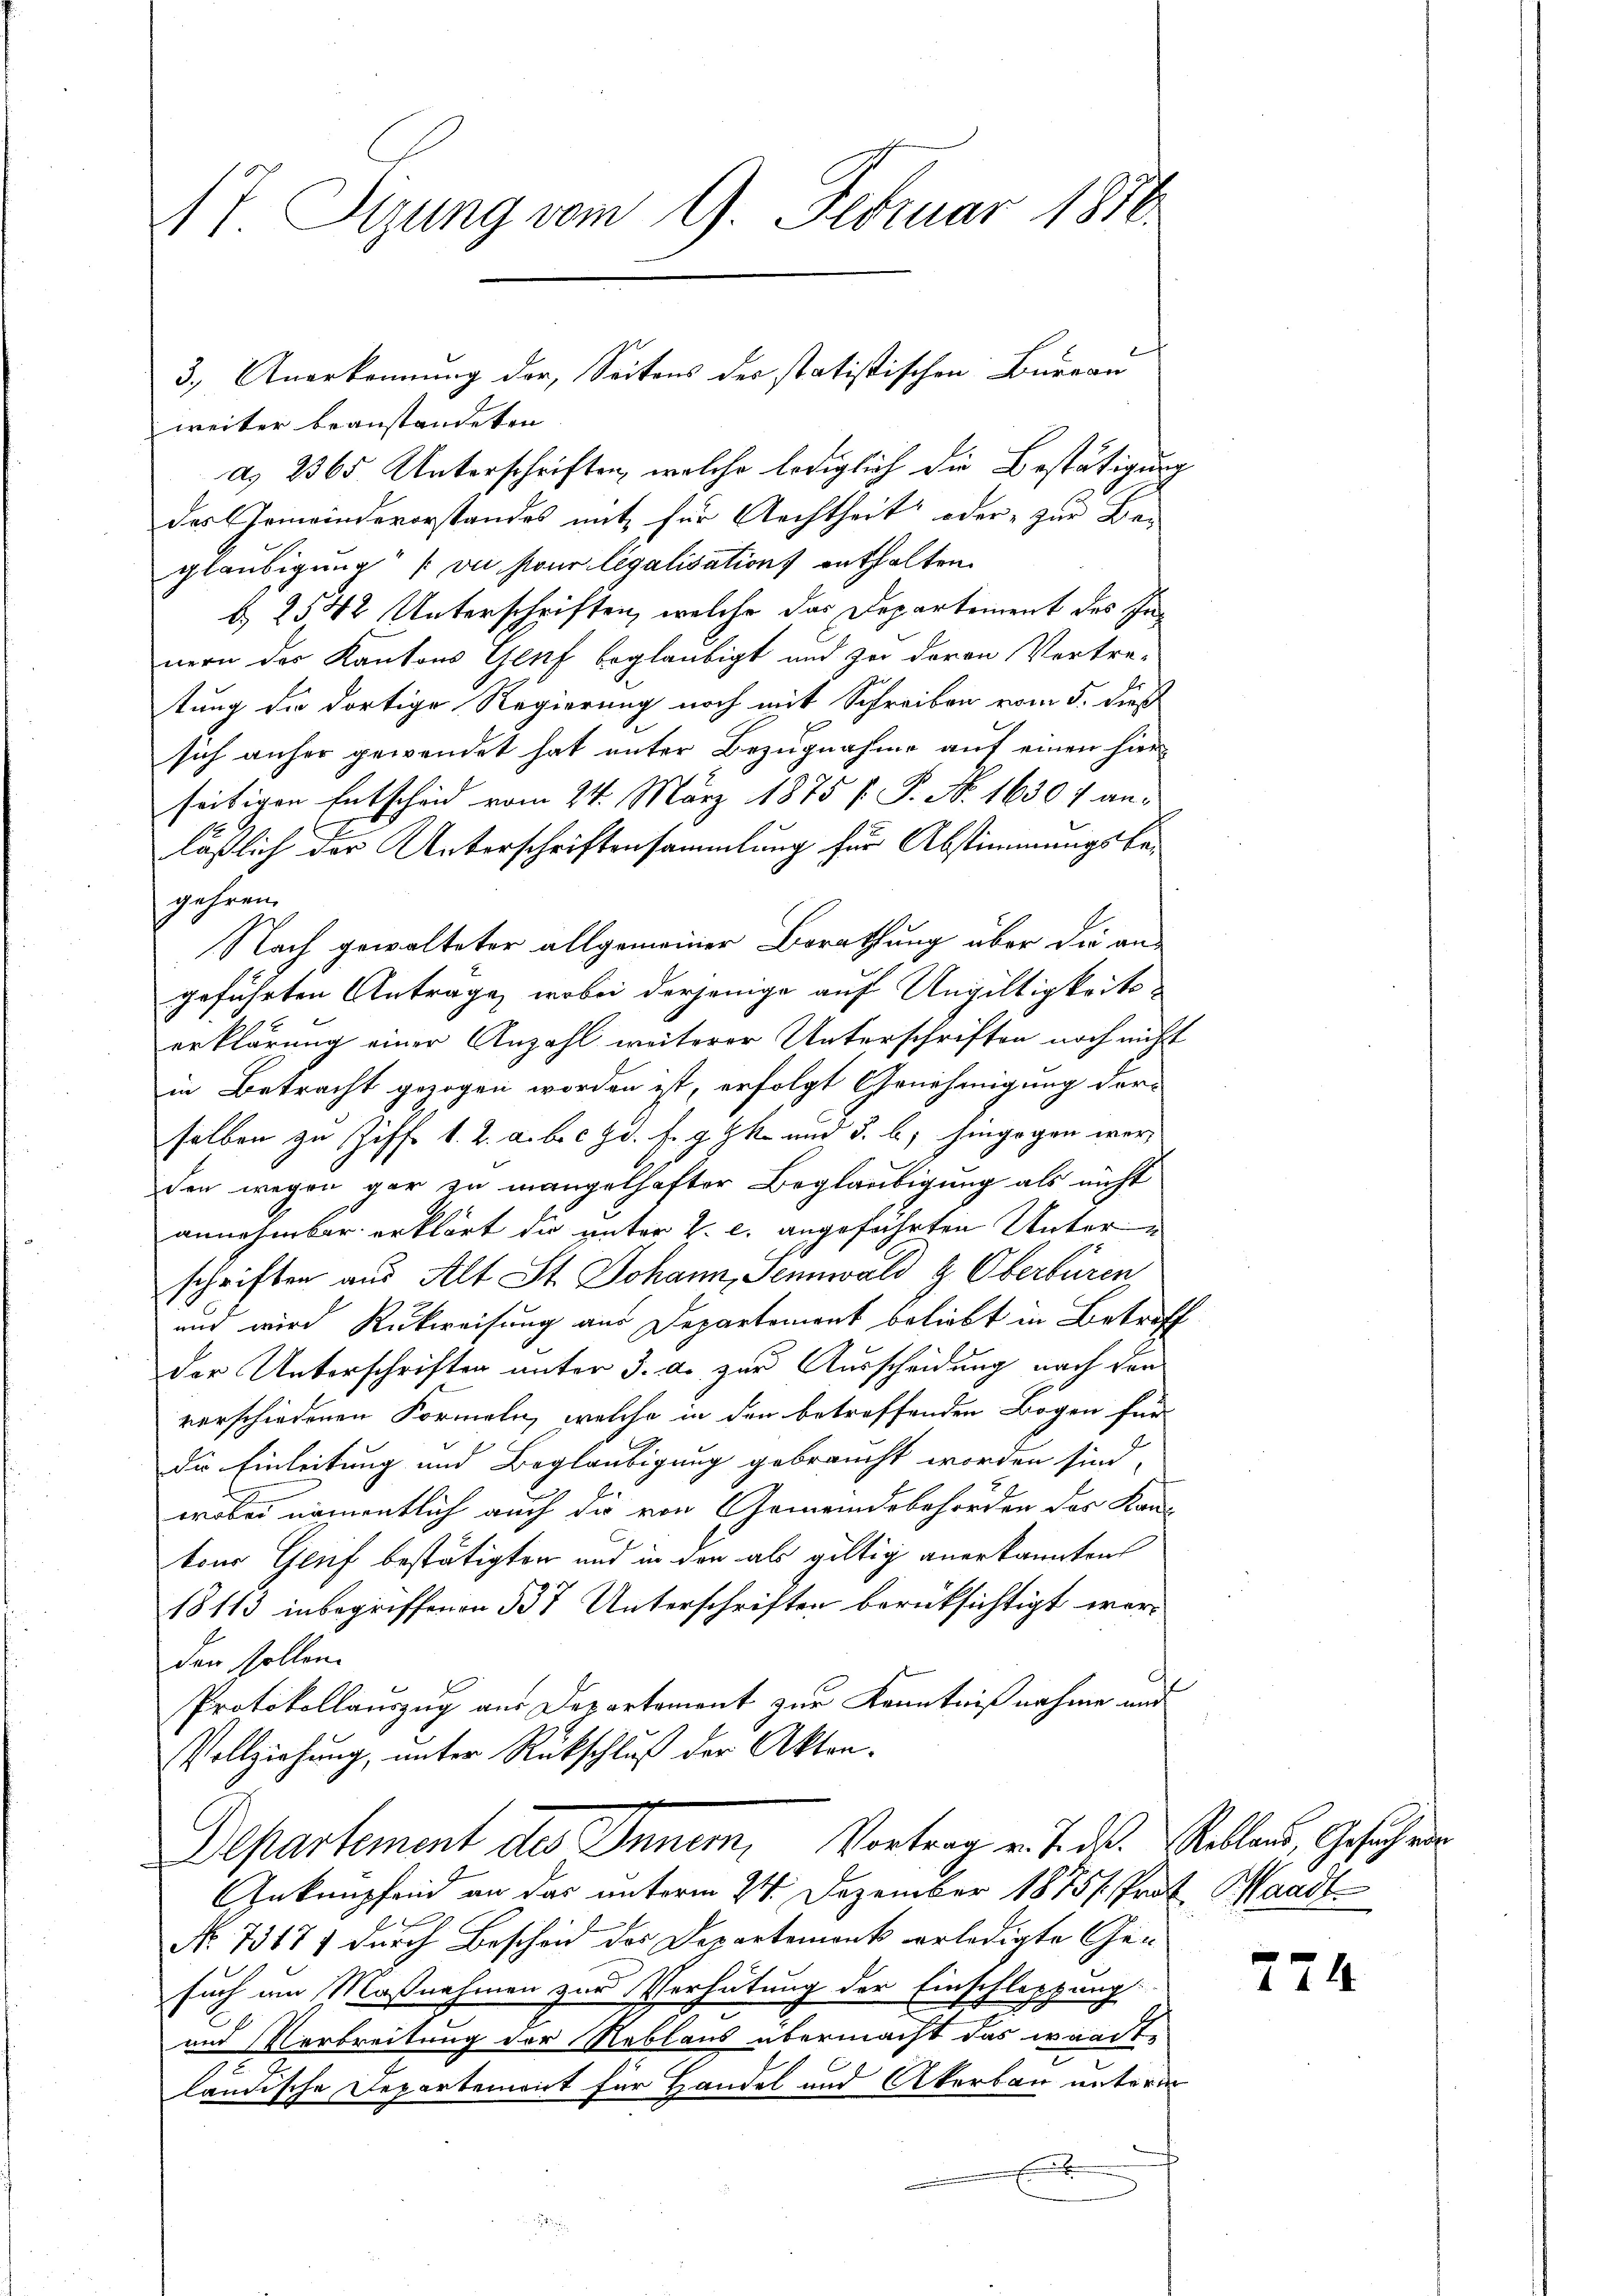
At Sizung vom 9. Februar 1858.

weiter beanstandeten
a. 2365 Unterschriften, welche lediglich die Bestätigung
des Gemeindevorstandes mit für Archtheit oder zur Be-
glaubigung (vue pour legalisations enthalten.
b. 2542 Unterschriften, welche das Departement des Innern des Kantons Genf beglaubigt und zu davon Vertre-
tung die dortige Regierung noch mit Schreiben vom 5. dieß
sich anher gewendet hat unter Bezugnahme auf einen hierseitigen Entscheid vom 24. März 1875 f. P. Nr. 1630 f an-
läßlich der Unterschriftensammlung für Abstimmungsbegehren.
Nach gewalteter allgemeiner Berathung über die an
geführten Antrage, wobei derjenige auf Ungültigkeitserklärung einer Anzahl weiterer Unterschriften noch nicht
in Betracht gezogen worden ist, erfolgt Genehmigung der
selben zu Ziff. 1. 2. aber d. f g k und §. b) hingegen werden wegen gar zu mangelhafter Beglaubigung als nicht
annehmbar erklärt die unter 2. c. angeführten Unterschriften aus Alt St. Johann, Jennwald z. Oberbüren
und wird Rückweisung aus Departement beliebt in Betroff
der Unterschriften unter 3. d. zur Ausscheidung nach den
verschiedenen Formeln, welche in den betreffenden Bogen für
die Einleitung und Beglaubigung gebraucht worden sind,
wobei namentlich auch die von Gemeindsbehörden der Kan-
tons Genf bestätigten und in den als gültig anerkannten
18113 inbegriffenen 337 Unterschriften berücksichtigt werden sollen.
Protokollauszug aus Departement zur Kenntnißnahme und
Vollziehung, unter Rückschluß der Akteng
Departement des Innern, Vortrag v. J. dß. Reblaus, Gesuch oder
Inkupfend an das unterm 24. Dezember 1875. Prof. Waadt
No. 73177 durch Bescheid des Departement verledigte Gesuch am Maßnahmen zur Verhütung der Einschleppung
und Verbreitung der Reblaus übermacht das waadt-
x
ländische Departenoit für Handel und Akerbau unterm

3.) Anerkennung der, Seitens des statistischen Bureau

224